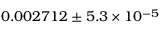
0 . 0 0 2 7 1 2 \pm 5 . 3 \times 1 0 ^ { - 5 }